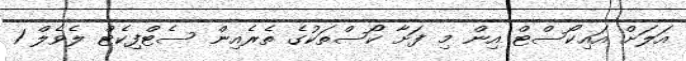
އަލަށް އައިކޯސްޓް އިން މި ފަށާ ކޯސްތަކުގެ ތެރެއިން ސެޓްފިކެޓް ލެވެލް 1